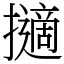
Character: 擿